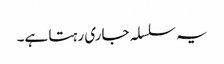
یہ سلسلہ جاری رہتا ہے۔